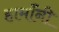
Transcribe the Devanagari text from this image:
हार्मॉनी